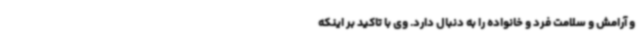
و آرامش و سلامت فرد و خانواده را به دنبال دارد. وی با تاکید بر اینکه